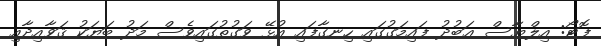
ފޮޓޯ: އިލްޔާސް ޢަބުދު ފައިމަގުގައި ހިނގާފައި އުޅޭ ވަގުތުގައިވެސް މަދު ބަޔަކު ޤަވާއިދާއި